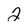
Character: 2